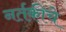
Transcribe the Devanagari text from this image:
नर्तकीचे